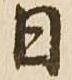
日